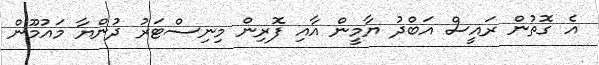
އެ ގޮތުން ރައީސް އަބްދު ޔާމީން އާއި ފޮރިން މިނިސްޓަރު ދުންޔާ މައުމޫން